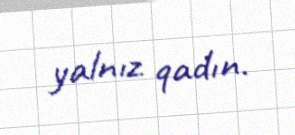
yalnız qadın.